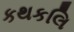
કથકલિ